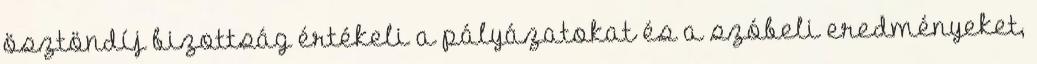
ösztöndíj bizottság értékeli a pályázatokat és a szóbeli eredményeket,